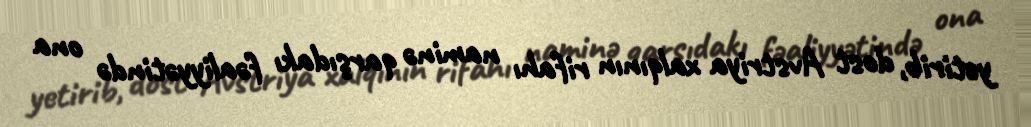
yetirib, dost Avstriya xalqının rifahı naminə qarşıdakı fəaliyyətində ona